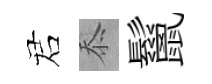
诺忝鬣